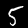
Label: 5